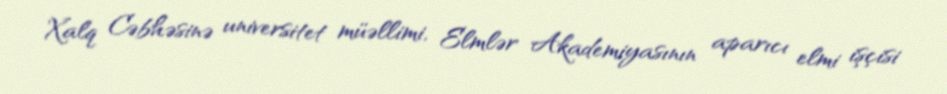
Xalq Cəbhəsinə universitet müəllimi, Elmlər Akademiyasının aparıcı elmi işçisi